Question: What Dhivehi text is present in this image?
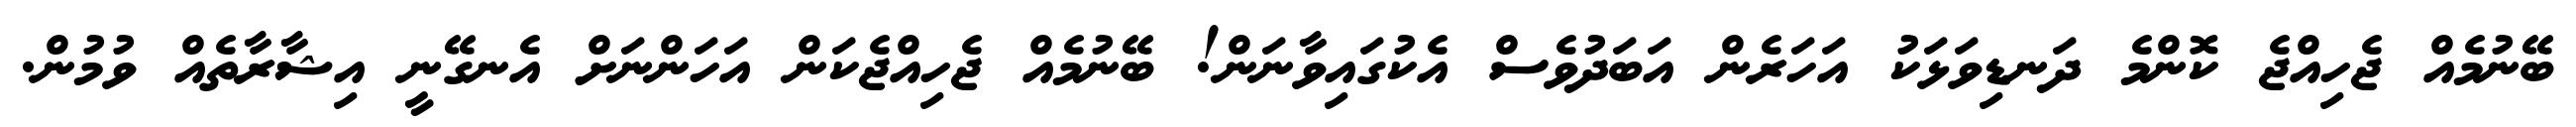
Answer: ބޭނުމެއް ޖެހިއްޖެ ކޮންމެ ދަނޑިވަޅަކު އަހަރެން އަބަދުވެސް އެކުގައިވާނަން! ބޭނުމެއް ޖެހިއްޖެކަން އަހަންނަށް އެނގޭނީ އިޝާރާތެއް ވުމުން.